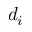
d _ { i }